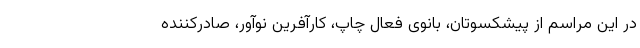
در این مراسم از پیشکسوتان، بانوی فعال چاپ، کارآفرینِ نوآور، صادرکننده